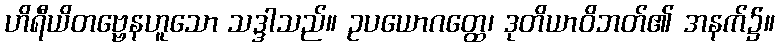
ဟိရီယိတဗ္ဗေနဟူသော သဒ္ဒါသည်။ ဥပယောဂတ္ထေ၊ ဒုတိယာဝိဘတ်၏ အနက်၌။